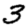
Digit: 3